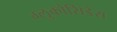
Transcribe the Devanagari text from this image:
ग्लुकोसिडेस